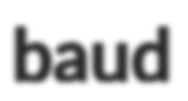
baud